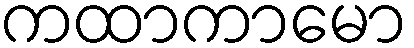
ကထာကာမော